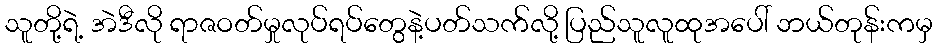
သူတို့ရဲ့ အဲဒီလို ရာဇဝတ်မှုလုပ်ရပ်တွေနဲ့ပတ်သက်လို့ ပြည်သူလူထုအပေါ် ဘယ်တုန်းကမှ